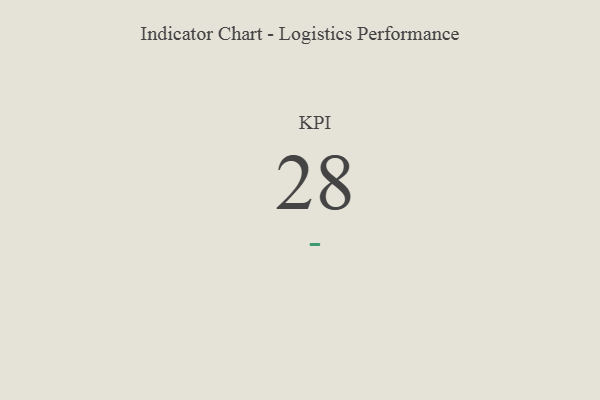
{"axis": {"x": "KPI", "y": "Value"}, "legend": [""], "data": [{"x": "KPI", "y": 28, "type": ""}]}